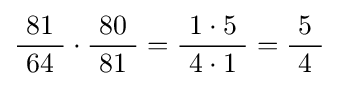
{\frac {\ 81\ }{64}}\cdot {\frac {\ 80\ }{81}}={\frac {\ 1\cdot 5\ }{4\cdot 1}}={\frac {\ 5\ }{4}}